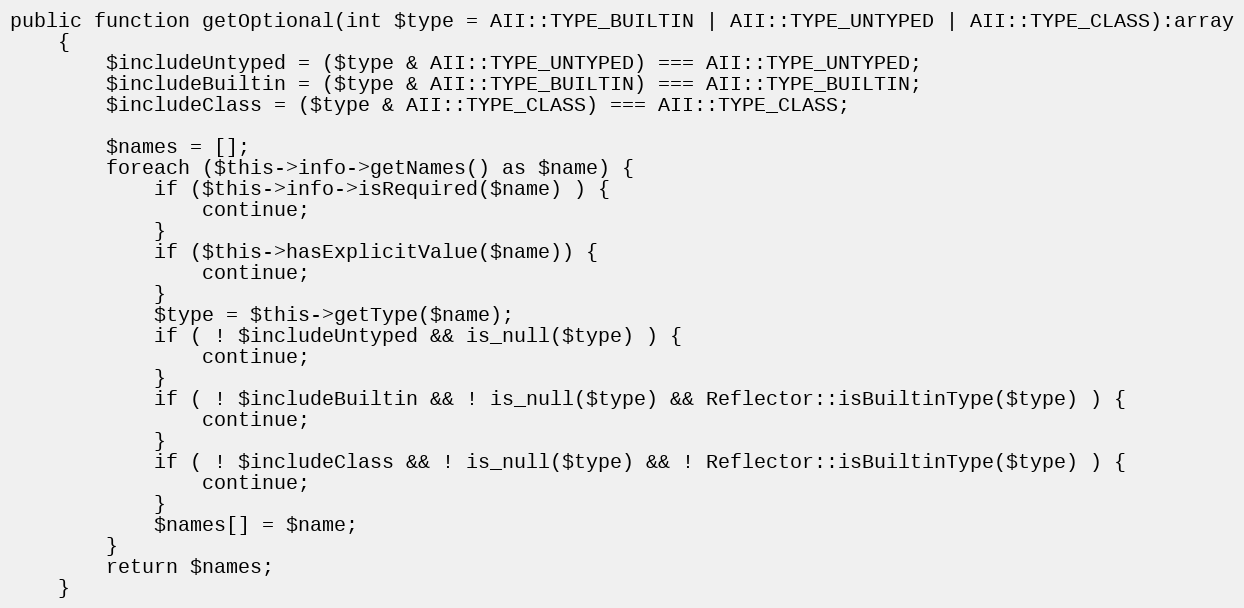
Language: PHP
public function getOptional(int $type = AII::TYPE_BUILTIN | AII::TYPE_UNTYPED | AII::TYPE_CLASS):array
    {
        $includeUntyped = ($type & AII::TYPE_UNTYPED) === AII::TYPE_UNTYPED;
        $includeBuiltin = ($type & AII::TYPE_BUILTIN) === AII::TYPE_BUILTIN;
        $includeClass = ($type & AII::TYPE_CLASS) === AII::TYPE_CLASS;

        $names = [];
        foreach ($this->info->getNames() as $name) {
            if ($this->info->isRequired($name) ) {
                continue;
            }
            if ($this->hasExplicitValue($name)) {
                continue;
            }
            $type = $this->getType($name);
            if ( ! $includeUntyped && is_null($type) ) {
                continue;
            }
            if ( ! $includeBuiltin && ! is_null($type) && Reflector::isBuiltinType($type) ) {
                continue;
            }
            if ( ! $includeClass && ! is_null($type) && ! Reflector::isBuiltinType($type) ) {
                continue;
            }
            $names[] = $name;
        }
        return $names;
    }